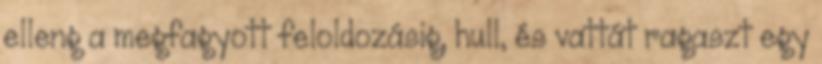
elleng a megfagyott feloldozásig, hull, és vattát ragaszt egy